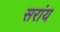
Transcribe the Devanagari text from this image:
सरांय